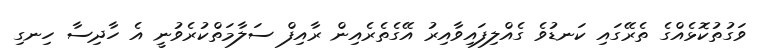
ވަގުތުކޮޅެއްގެ ތެރޭގައި ކަނޑުވެ ގެއްލިފައިވާއިރު އޭގެތެރެއިން ރާއިފް ސަލާމަތްކުރެވުނީ އެ ހާދިސާ ހިނގި